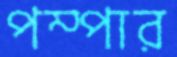
পম্পার